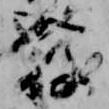
発